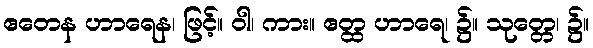
ဧတေန ဟာရေန၊ ဖြင့်။ ဝါ၊ ကား။ ဧတ္ထ ဟာရေ၊ ၌။ သုတ္တေ၊ ၌။